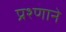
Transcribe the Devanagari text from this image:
प्रश्णाने